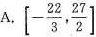
A.$$\left[ - \frac{22}{3}, \frac{27}{2} \right]$$